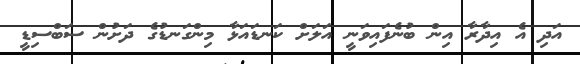
އަދި އެ އިދާރާ އިން ބުނެފައިވަނީ އަލަށް ކަނޑައަޅާ މިންގަނޑުގެ ދަށުން ސަބްސިޑީ